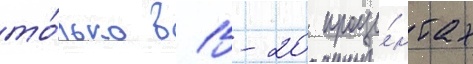
то́лько в 15-20 проце́нтах